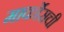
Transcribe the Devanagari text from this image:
मार्कोसची